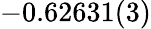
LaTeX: -0.62631(3)